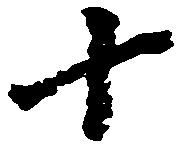
十